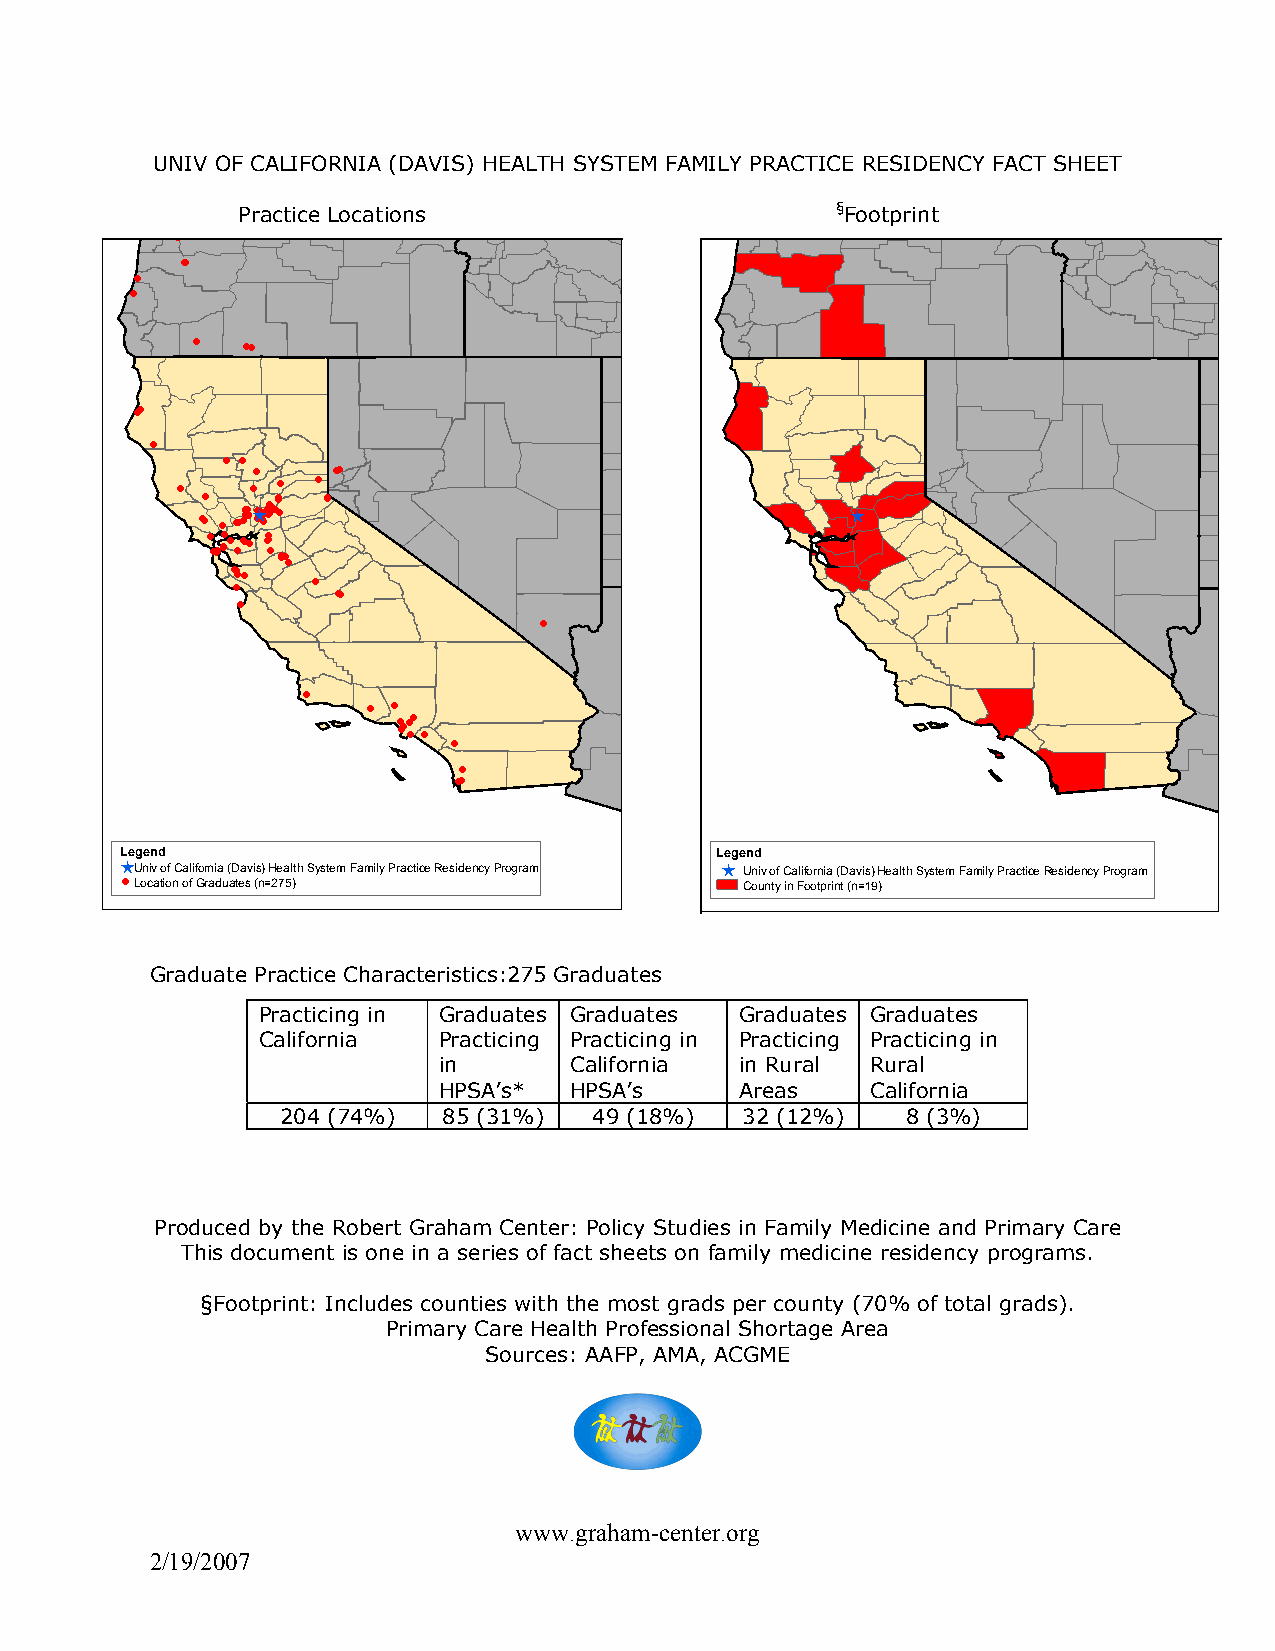
UNIV OF CALIFORNIA (DAVIS) HEALTH SYSTEM FAMILY PRACTICE RESIDENCY FACT SHEET
 Practice Locations                     §Footprint
 !!
 !!!
 !!
 !
 !  !!!
 !!
 !
 ! !!
 !    !!!
 !
 !!!!
 !
 !!!!!!!!!!!!!!!!!!!!!!!
 [ !! !!!!!!!!!!!!!!!!!!!!!!!!!!!!!!!!!!!!!!!!!!!!!!!!!!!!!!!!!!!!!!!!!!!!!!!!
 !!!!!!!!!!!!!!!!!!!!!!!!!!!!!!!!!!!!!!
 !! !
 !!
 [
 ! !!!!!!!!!!
 !!!!
 !!! !! !!!
 ! !!!!
 !
 !
 !
 !!
 !
 !
 !
 ! !
 ! !!!! !!
 !!
 !
 !
 !!!
 [Legend                                L [egend
 Uni v of California (Davis) Health System Family Practice Residency Program Univ of California (Davis) Health System Family Practice Residency Program
 !Location of Graduates (n=275)           County in Footprint (n=19)
 Graduate Practice Characteristics:275 Graduates
 Practicing in Graduates Graduates Graduates Graduates
 California  Practicing Practicing in Practicing Practicing in
 in       California in Rural Rural
 HPSA’s*  HPSA’s     Areas    California
 204 (74%) 85 (31%)  49 (18%)  32 (12%)   8 (3%)
 Produced by the Robert Graham Center: Policy Studies in Family Medicine and Primary Care
 This document is one in a series of fact sheets on family medicine residency programs.
 §Footprint: Includes counties with the most grads per county (70% of total grads).
 Primary Care Health Professional Shortage Area
 Sources: AAFP, AMA, ACGME
 www.graham-center.org
 2/19/2007